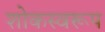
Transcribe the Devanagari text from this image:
शोकस्वरूप